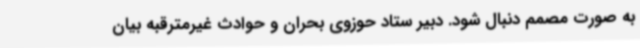
به صورت مصمم دنبال شود. دبیر ستاد حوزوی بحران و حوادث غیرمترقبه بیان